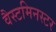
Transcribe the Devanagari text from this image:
वैस्टमिनस्टर